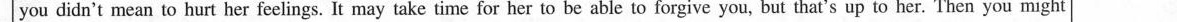
you didn't mean to hurt her feelings. It may take time for her to beable to forgive you, but that's up to her. Then you might